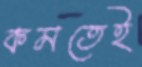
কমতেই